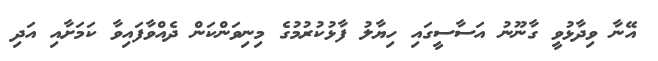
އޭނާ ވިދާޅުވީ ގާނޫނު އަސާސީގައި ހިޔާލު ފާޅުކުރުމުގެ މިނިވަންކަން ދެއްވާފައިވާ ކަމަށާއި އަދި